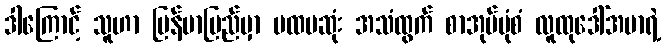
ဒါကြောင့် သူဟာ မြန်မာပြည်မှာ ပထမဆုံး အသံထွက် စာအုပ်ပုံစံ လူထုဒေါ်အမာရဲ့